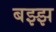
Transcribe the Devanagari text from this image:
बझ्झ